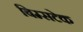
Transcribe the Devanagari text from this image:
बिम्सटेक